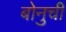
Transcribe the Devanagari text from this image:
बोनुची